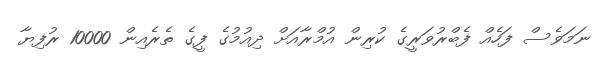
ނަމަވެސް ފަހެއް ފެބްރުވަރީގެ ކުރިން އުމްރާއަށް ދިއުމުގެ ފީގެ ތެރެއިން 10000 ރުފިޔާ